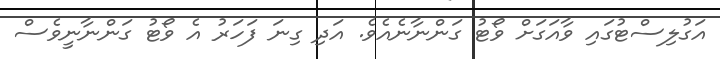
އަގުލިސްޓުގައި ވާއަގަށް ވޯޓު ގަންނާނެއެވެ. އަދި ގިނަ ފަހަރު އެ ވޯޓު ގަންނާނީވެސް